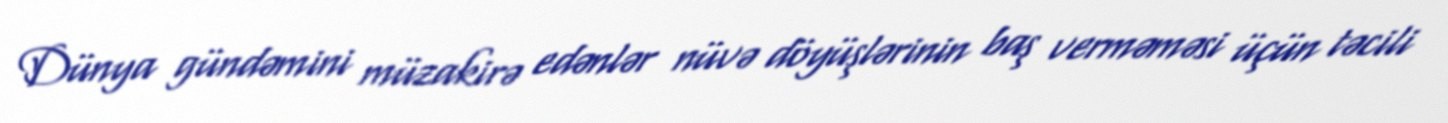
Dünya gündəmini müzakirə edənlər nüvə döyüşlərinin baş verməməsi üçün təcili